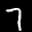
Label: 7